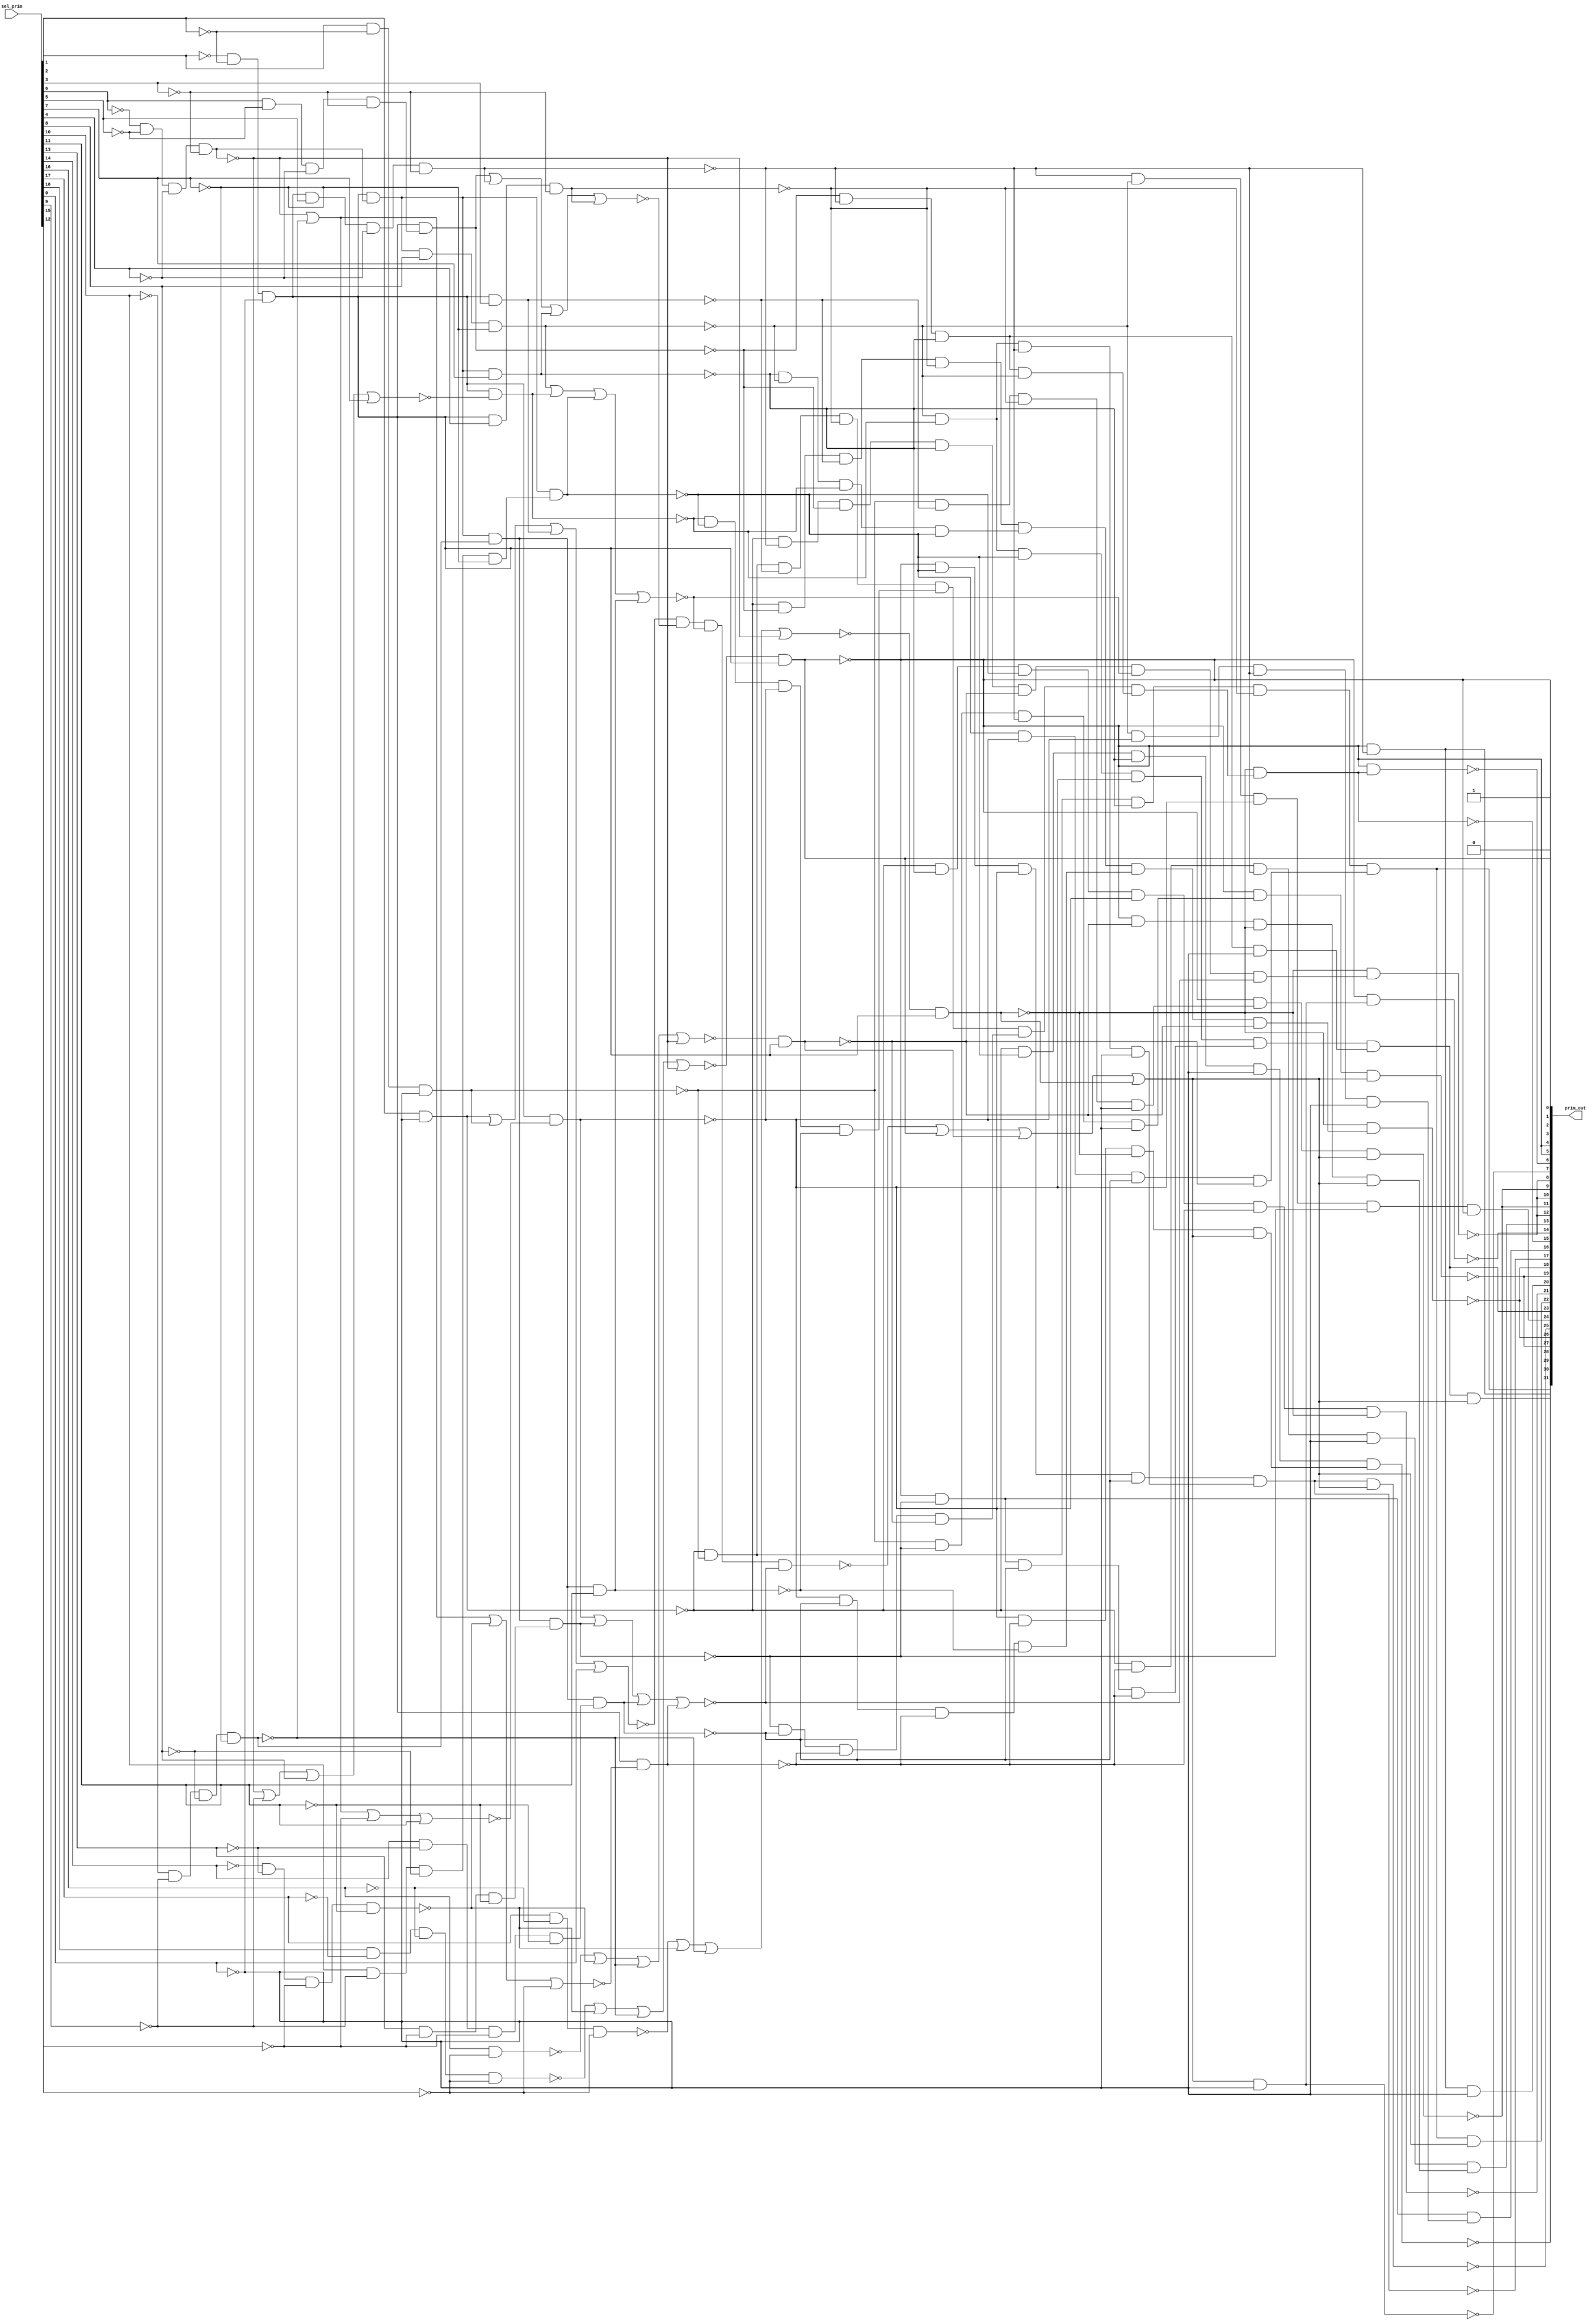

// Generated by Cadence Encounter(R) RTL Compiler RC11.10 - v11.10-p005_1

// Verification Directory fv/top 

module top(prim_out, sel_prim);
  input [18:0] sel_prim;
  output [31:0] prim_out;
  wire [18:0] sel_prim;
  wire [31:0] prim_out;
  wire ctl_sel_prim_412_12_n_205, ctl_sel_prim_412_12_n_308,
       ctl_sel_prim_412_12_n_411, ctl_sel_prim_412_12_n_442,
       ctl_sel_prim_412_12_n_467, ctl_sel_prim_412_12_n_493,
       ctl_sel_prim_412_12_n_538, n_654;
  wire n_664, n_680, n_710, n_715, n_726, n_736, n_753, n_778;
  wire n_890, n_891, n_898, n_899, n_900, n_901, n_902, n_903;
  wire n_904, n_905, n_906, n_907, n_908, n_909, n_910, n_911;
  wire n_912, n_914, n_915, n_918, n_919, n_921, n_924, n_925;
  wire n_928, n_929, n_930, n_932, n_936, n_939, n_940, n_944;
  wire n_952, n_953, n_1108, n_1291, n_1314, n_1317, n_1318, n_1319;
  wire n_1320, n_1321, n_1322, n_1323, n_1324, n_1325, n_1326, n_1327;
  wire n_1328, n_1329, n_1330, n_1331, n_1332, n_1333, n_1334, n_1335;
  wire n_1336, n_1337, n_1338, n_1339, n_1340, n_1341, n_1342, n_1343;
  wire n_1344, n_1345, n_1346, n_1347, n_1348, n_1349, n_1350, n_1351;
  wire n_1352, n_1353, n_1354, n_1355, n_1356, n_1357, n_1358, n_1359;
  wire n_1360, n_1361, n_1362, n_1363, n_1364, n_1365, n_1366, n_1367;
  wire n_1368, n_1369, n_1370, n_1371, n_1372, n_1373, n_1374, n_1375;
  wire n_1376, n_1377, n_1378, n_1379, n_1380, n_1381, n_1382, n_1383;
  wire n_1384, n_1385, n_1386, n_1387, n_1388, n_1389, n_1390, n_1391;
  wire n_1392, n_1393, n_1394, n_1395, n_1396, n_1397, n_1398, n_1399;
  wire n_1400, n_1401, n_1402, n_1403, n_1404, n_1405, n_1406, n_1407;
  wire n_1408, n_1409, n_1410, n_1411, n_1412;
  assign prim_out[0] = 1'b0;
  assign prim_out[2] = prim_out[5];
  assign prim_out[3] = 1'b1;
  assign prim_out[4] = prim_out[5];
  assign prim_out[8] = prim_out[12];
  assign prim_out[9] = prim_out[11];
  assign prim_out[10] = prim_out[12];
  assign prim_out[18] = prim_out[26];
  assign prim_out[19] = prim_out[27];
  not ctl_sel_prim_412_12_g171 (prim_out[1], prim_out[5]);
  nor ctl_sel_prim_412_12_g150 (ctl_sel_prim_412_12_n_493, n_1335,
       ctl_sel_prim_412_12_n_411, ctl_sel_prim_412_12_n_308,
       ctl_sel_prim_412_12_n_205);
  nand ctl_sel_prim_412_12_g177 (ctl_sel_prim_412_12_n_538, n_1342,
       n_1349, n_918, n_919);
  nor ctl_sel_prim_412_12_g134 (ctl_sel_prim_412_12_n_442, n_1367,
       ctl_sel_prim_412_12_n_411, ctl_sel_prim_412_12_n_308,
       ctl_sel_prim_412_12_n_205);
  nor ctl_sel_prim_412_12_g142 (ctl_sel_prim_412_12_n_467, n_1368,
       ctl_sel_prim_412_12_n_411, ctl_sel_prim_412_12_n_308,
       ctl_sel_prim_412_12_n_205);
  nand g443 (n_914, n_901, n_902, n_903, n_904);
  nand g444 (n_915, prim_out[5], n_905, n_906, n_907);
  nand g450 (n_921, n_890, n_891, n_908, n_909);
  nand g453 (n_924, n_902, n_903, n_904, n_910);
  nand g454 (n_925, n_905, n_906, n_907, n_911);
  nand g455 (n_680, prim_out[5], n_898);
  nand g457 (n_928, n_890, n_899, n_908, n_909);
  nand g458 (n_929, n_900, n_901, n_902, n_903);
  nand g459 (n_930, n_904, n_906, n_907, n_910);
  nand g461 (n_932, prim_out[5], n_903, n_904, n_906);
  nand g465 (n_936, n_898, n_901, n_904, n_905);
  nand g468 (n_939, n_890, n_891, n_900, n_909);
  nand g469 (n_940, n_903, n_904, n_906, n_911);
  nand g473 (n_944, n_890, n_900, n_903, n_904);
  nand g481 (n_952, n_898, n_899, n_900, n_901);
  nand g482 (n_953, n_890, n_898, n_899, n_900);
  not g654 (prim_out[30], n_664);
  not g669 (prim_out[23], n_715);
  not g677 (n_1108, prim_out[17]);
  not g692 (prim_out[28], n_680);
  not g736 (prim_out[31], n_654);
  not g738 (prim_out[24], n_710);
  not g739 (prim_out[22], n_726);
  not g741 (prim_out[20], n_736);
  not g742 (prim_out[16], n_753);
  not g744 (prim_out[13], n_778);
  not g1024 (n_1317, sel_prim[0]);
  not g1025 (n_1318, sel_prim[1]);
  not g1026 (n_1319, sel_prim[2]);
  not g1027 (n_1320, sel_prim[3]);
  not g1028 (n_1321, sel_prim[4]);
  not g1029 (n_1322, sel_prim[5]);
  not g1030 (n_1323, sel_prim[6]);
  not g1031 (n_1324, sel_prim[7]);
  not g1032 (n_1325, sel_prim[8]);
  not g1033 (n_1326, sel_prim[9]);
  not g1034 (n_1327, sel_prim[10]);
  not g1035 (n_1328, sel_prim[15]);
  not g1036 (n_1329, sel_prim[16]);
  not g1037 (n_1330, sel_prim[17]);
  not g1038 (n_1331, sel_prim[11]);
  not g1039 (n_1332, sel_prim[12]);
  not g1040 (n_1333, sel_prim[13]);
  not g1041 (n_1334, sel_prim[14]);
  nand g1042 (n_1335, sel_prim[18], n_1330, n_1329, n_1328);
  nand g1043 (ctl_sel_prim_412_12_n_411, n_1334, n_1333, n_1332,
       n_1331);
  nand g1044 (ctl_sel_prim_412_12_n_308, n_1327, n_1326, n_1325,
       n_1324);
  not g1045 (n_1336, ctl_sel_prim_412_12_n_308);
  nand g1046 (ctl_sel_prim_412_12_n_205, n_1323, n_1322, n_1321,
       n_1320);
  not g1047 (n_1337, ctl_sel_prim_412_12_n_205);
  nand g1048 (n_1291, n_1319, n_1318, n_1317);
  not g1049 (n_1338, n_1291);
  nand g1050 (prim_out[5], ctl_sel_prim_412_12_n_493, n_1338);
  nand g1051 (n_890, sel_prim[1], n_1317);
  not g1052 (n_1339, n_890);
  nand g1053 (n_891, sel_prim[2], n_1318, n_1317);
  not g1054 (n_1340, n_891);
  nand g1055 (n_908, n_1338, sel_prim[3]);
  not g1056 (n_1341, n_908);
  nor g1057 (n_1342, n_1339, n_1340, n_1341, sel_prim[0]);
  nand g1058 (n_1343, sel_prim[6], n_1322, n_1321, n_1320);
  not g1059 (n_1344, n_1343);
  nand g1060 (n_899, n_1338, n_1344);
  not g1061 (n_1345, n_899);
  nand g1062 (n_898, n_1338, sel_prim[5], n_1321, n_1320);
  not g1063 (n_1346, n_898);
  nand g1064 (n_900, n_1338, n_1337, sel_prim[7]);
  not g1065 (n_1347, n_900);
  nand g1066 (n_909, n_1338, sel_prim[4], n_1320);
  not g1067 (n_1348, n_909);
  nor g1068 (n_1349, n_1345, n_1346, n_1347, n_1348);
  nand g1069 (n_901, n_1338, n_1337, sel_prim[8], n_1324);
  not g1070 (n_1350, n_901);
  nor g1071 (n_1351, ctl_sel_prim_412_12_n_205, n_1326, sel_prim[8],
       sel_prim[7]);
  nand g1072 (n_902, n_1338, n_1351);
  not g1073 (n_1352, n_902);
  nand g1074 (n_1353, sel_prim[10], n_1326, n_1325, n_1324);
  not g1075 (n_1354, n_1353);
  nand g1076 (n_903, n_1338, n_1337, n_1354);
  not g1077 (n_1355, n_903);
  nand g1078 (n_910, n_1338, n_1337, n_1336, sel_prim[11]);
  not g1079 (n_1356, n_910);
  nor g1080 (n_918, n_1350, n_1352, n_1355, n_1356);
  nor g1081 (n_1357, ctl_sel_prim_412_12_n_205,
       ctl_sel_prim_412_12_n_308, n_1332, sel_prim[11]);
  nand g1082 (n_904, n_1338, n_1357);
  not g1083 (n_1358, n_904);
  nand g1084 (n_1359, sel_prim[13], n_1332, n_1331);
  not g1085 (n_1360, n_1359);
  nand g1086 (n_905, n_1338, n_1337, n_1336, n_1360);
  not g1087 (n_1361, n_905);
  nand g1088 (n_1362, sel_prim[14], n_1333, n_1332, n_1331);
  not g1089 (n_1363, n_1362);
  nand g1090 (n_906, n_1338, n_1337, n_1336, n_1363);
  not g1091 (n_1364, n_906);
  nor g1092 (n_1365, ctl_sel_prim_412_12_n_205,
       ctl_sel_prim_412_12_n_308, ctl_sel_prim_412_12_n_411, n_1328);
  nand g1093 (n_907, n_1338, n_1365);
  not g1094 (n_1366, n_907);
  nor g1095 (n_919, n_1358, n_1361, n_1364, n_1366);
  nand g1096 (n_1367, sel_prim[16], n_1328);
  nand g1097 (n_1368, sel_prim[17], n_1329, n_1328);
  not g1098 (n_1369, n_914);
  not g1099 (n_1370, n_915);
  not g1100 (n_1371, n_921);
  not g1101 (n_1372, n_924);
  nand g1102 (n_911, ctl_sel_prim_412_12_n_442, n_1338);
  not g1103 (n_1373, n_911);
  not g1104 (n_1374, n_925);
  not g1105 (n_1375, n_928);
  not g1106 (n_1376, n_929);
  not g1107 (n_1377, n_930);
  not g1108 (n_1378, n_932);
  not g1109 (n_1379, n_936);
  not g1110 (n_1380, n_939);
  not g1111 (n_1381, n_940);
  not g1112 (n_1382, n_944);
  not g1113 (n_1383, n_952);
  not g1114 (n_1384, n_953);
  nand g1115 (n_664, n_1380, n_1381);
  nand g1116 (n_1385, n_899, n_898, n_900, n_1317);
  not g1117 (n_1386, n_1385);
  nand g1118 (n_715, n_1369, n_1370, n_1386);
  nand g1119 (n_1387, n_901, n_902, n_898, n_1317);
  not g1120 (n_1388, n_1387);
  nand g1121 (prim_out[17], n_1378, n_1388);
  nand g1122 (n_912, ctl_sel_prim_412_12_n_467, n_1338);
  not g1123 (n_1389, n_912);
  nor g1124 (n_1314, ctl_sel_prim_412_12_n_538, prim_out[1], n_1373,
       n_1389);
  not g1125 (n_1390, n_1314);
  nand g1126 (n_654, prim_out[23], n_1390);
  nand g1127 (prim_out[25], n_1108, n_1390);
  nand g1128 (n_710, n_1379, prim_out[5]);
  nand g1129 (n_726, prim_out[30], n_1390);
  nand g1130 (prim_out[21], n_1382, n_907, n_912);
  nand g1131 (n_736, prim_out[28], n_1317);
  nand g1132 (n_1391, n_901, n_904, n_898, n_1317);
  not g1133 (n_1392, n_1391);
  nand g1134 (n_753, prim_out[5], n_905, n_1392);
  nand g1135 (n_1393, n_890, n_903, n_900, n_1317);
  not g1136 (n_1394, n_1393);
  nand g1137 (n_1395, n_904, n_907, n_912, n_1390);
  not g1138 (n_1396, n_1395);
  nand g1139 (prim_out[29], n_1394, n_1396);
  nand g1140 (n_1397, n_890, n_907, n_898, n_1317);
  not g1141 (n_1398, n_1397);
  nand g1142 (n_1399, prim_out[5], n_911, n_912, n_1390);
  not g1143 (n_1400, n_1399);
  nand g1144 (n_778, n_1398, n_1400);
  nand g1145 (n_1401, n_891, n_905, n_898, n_1317);
  not g1146 (n_1402, n_1401);
  nand g1147 (n_1403, n_891, n_908, n_909, n_1317);
  not g1148 (n_1404, n_1403);
  nand g1149 (n_1405, n_1375, n_1376, n_1377, n_911);
  not g1150 (n_1406, n_1405);
  nand g1151 (n_1407, n_1371, n_1372, n_1374, n_1383);
  not g1152 (n_1408, n_1407);
  nand g1153 (n_1409, n_1384, n_911, n_918, n_919);
  not g1154 (n_1410, n_1409);
  nand g1155 (prim_out[26], n_912, n_1406);
  nand g1156 (prim_out[15], n_912, n_1408);
  not g1157 (n_1411, prim_out[15]);
  nand g1158 (prim_out[12], n_912, n_1410);
  nand g1159 (prim_out[27], prim_out[5], n_1402, n_1390);
  nand g1160 (prim_out[7], n_1390, n_1317);
  not g1161 (n_1412, prim_out[7]);
  nand g1162 (prim_out[11], prim_out[5], n_1404, n_1390);
  nand g1163 (prim_out[6], prim_out[5], n_1411);
  nand g1164 (prim_out[14], prim_out[5], n_1412);
endmodule